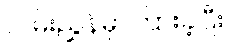
လမ်းညွှန်မှာကြားခဲ့ပြီး